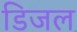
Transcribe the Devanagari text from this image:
डिजल